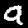
Digit: 9